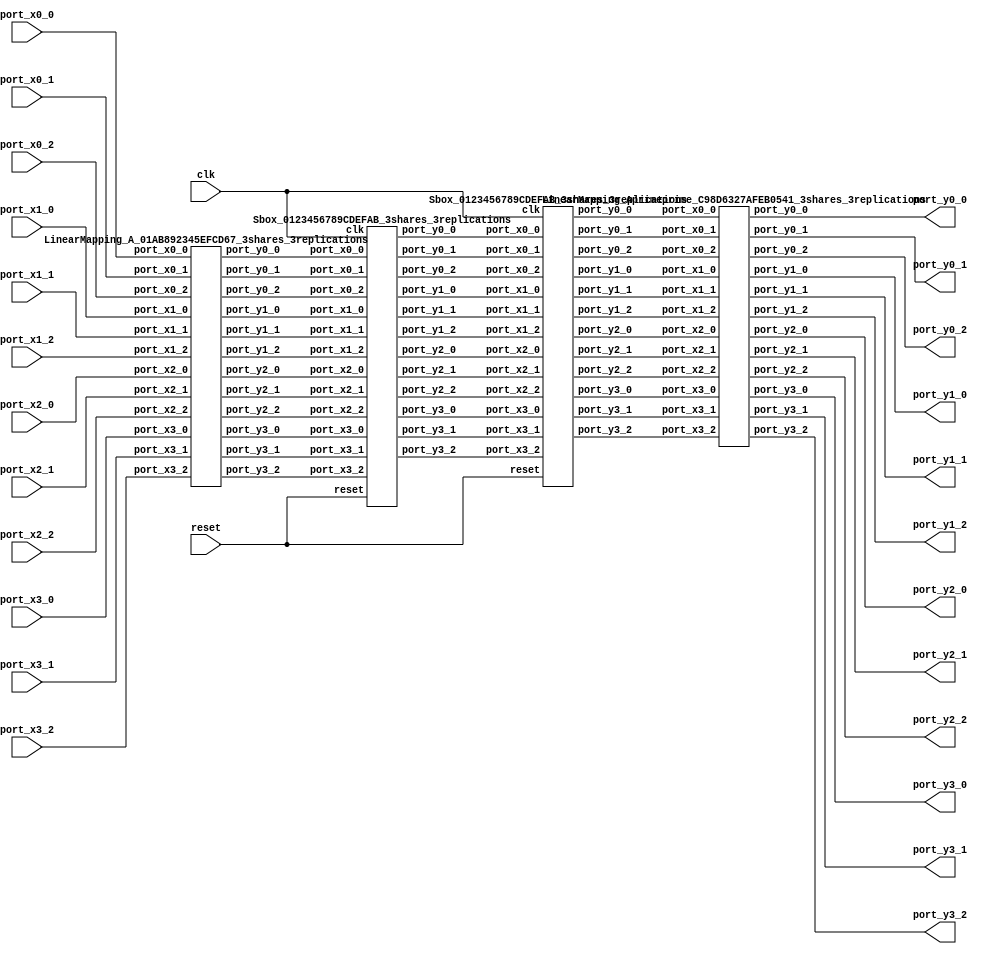
// Generator : SpinalHDL v1.7.3    git head : aeaeece704fe43c766e0d36a93f2ecbb8a9f2003
// Component : Sbox_Present_3shares_3replications
// Git hash  : db593c14fe8e83f0a4a5d43cf13325e631d65148

`timescale 1ns/1ps

module Sbox_Present_3shares_3replications (
  input      [2:0]    port_x0_0,
  input      [2:0]    port_x0_1,
  input      [2:0]    port_x0_2,
  input      [2:0]    port_x1_0,
  input      [2:0]    port_x1_1,
  input      [2:0]    port_x1_2,
  input      [2:0]    port_x2_0,
  input      [2:0]    port_x2_1,
  input      [2:0]    port_x2_2,
  input      [2:0]    port_x3_0,
  input      [2:0]    port_x3_1,
  input      [2:0]    port_x3_2,
  output     [2:0]    port_y0_0,
  output     [2:0]    port_y0_1,
  output     [2:0]    port_y0_2,
  output     [2:0]    port_y1_0,
  output     [2:0]    port_y1_1,
  output     [2:0]    port_y1_2,
  output     [2:0]    port_y2_0,
  output     [2:0]    port_y2_1,
  output     [2:0]    port_y2_2,
  output     [2:0]    port_y3_0,
  output     [2:0]    port_y3_1,
  output     [2:0]    port_y3_2,
  input               clk,
  input               reset
);

  wire       [2:0]    A_port_y0_0;
  wire       [2:0]    A_port_y0_1;
  wire       [2:0]    A_port_y0_2;
  wire       [2:0]    A_port_y1_0;
  wire       [2:0]    A_port_y1_1;
  wire       [2:0]    A_port_y1_2;
  wire       [2:0]    A_port_y2_0;
  wire       [2:0]    A_port_y2_1;
  wire       [2:0]    A_port_y2_2;
  wire       [2:0]    A_port_y3_0;
  wire       [2:0]    A_port_y3_1;
  wire       [2:0]    A_port_y3_2;
  wire       [2:0]    Q12_0_port_y0_0;
  wire       [2:0]    Q12_0_port_y0_1;
  wire       [2:0]    Q12_0_port_y0_2;
  wire       [2:0]    Q12_0_port_y1_0;
  wire       [2:0]    Q12_0_port_y1_1;
  wire       [2:0]    Q12_0_port_y1_2;
  wire       [2:0]    Q12_0_port_y2_0;
  wire       [2:0]    Q12_0_port_y2_1;
  wire       [2:0]    Q12_0_port_y2_2;
  wire       [2:0]    Q12_0_port_y3_0;
  wire       [2:0]    Q12_0_port_y3_1;
  wire       [2:0]    Q12_0_port_y3_2;
  wire       [2:0]    A_prime_port_y0_0;
  wire       [2:0]    A_prime_port_y0_1;
  wire       [2:0]    A_prime_port_y0_2;
  wire       [2:0]    A_prime_port_y1_0;
  wire       [2:0]    A_prime_port_y1_1;
  wire       [2:0]    A_prime_port_y1_2;
  wire       [2:0]    A_prime_port_y2_0;
  wire       [2:0]    A_prime_port_y2_1;
  wire       [2:0]    A_prime_port_y2_2;
  wire       [2:0]    A_prime_port_y3_0;
  wire       [2:0]    A_prime_port_y3_1;
  wire       [2:0]    A_prime_port_y3_2;
  wire       [2:0]    Q12_1_port_y0_0;
  wire       [2:0]    Q12_1_port_y0_1;
  wire       [2:0]    Q12_1_port_y0_2;
  wire       [2:0]    Q12_1_port_y1_0;
  wire       [2:0]    Q12_1_port_y1_1;
  wire       [2:0]    Q12_1_port_y1_2;
  wire       [2:0]    Q12_1_port_y2_0;
  wire       [2:0]    Q12_1_port_y2_1;
  wire       [2:0]    Q12_1_port_y2_2;
  wire       [2:0]    Q12_1_port_y3_0;
  wire       [2:0]    Q12_1_port_y3_1;
  wire       [2:0]    Q12_1_port_y3_2;
  wire       [2:0]    A_out_port_y0_0;
  wire       [2:0]    A_out_port_y0_1;
  wire       [2:0]    A_out_port_y0_2;
  wire       [2:0]    A_out_port_y1_0;
  wire       [2:0]    A_out_port_y1_1;
  wire       [2:0]    A_out_port_y1_2;
  wire       [2:0]    A_out_port_y2_0;
  wire       [2:0]    A_out_port_y2_1;
  wire       [2:0]    A_out_port_y2_2;
  wire       [2:0]    A_out_port_y3_0;
  wire       [2:0]    A_out_port_y3_1;
  wire       [2:0]    A_out_port_y3_2;

  LinearMapping_A_01AB892345EFCD67_3shares_3replications A (
    .port_x0_0 (port_x0_0[2:0]  ), //i
    .port_x0_1 (port_x0_1[2:0]  ), //i
    .port_x0_2 (port_x0_2[2:0]  ), //i
    .port_x1_0 (port_x1_0[2:0]  ), //i
    .port_x1_1 (port_x1_1[2:0]  ), //i
    .port_x1_2 (port_x1_2[2:0]  ), //i
    .port_x2_0 (port_x2_0[2:0]  ), //i
    .port_x2_1 (port_x2_1[2:0]  ), //i
    .port_x2_2 (port_x2_2[2:0]  ), //i
    .port_x3_0 (port_x3_0[2:0]  ), //i
    .port_x3_1 (port_x3_1[2:0]  ), //i
    .port_x3_2 (port_x3_2[2:0]  ), //i
    .port_y0_0 (A_port_y0_0[2:0]), //o
    .port_y0_1 (A_port_y0_1[2:0]), //o
    .port_y0_2 (A_port_y0_2[2:0]), //o
    .port_y1_0 (A_port_y1_0[2:0]), //o
    .port_y1_1 (A_port_y1_1[2:0]), //o
    .port_y1_2 (A_port_y1_2[2:0]), //o
    .port_y2_0 (A_port_y2_0[2:0]), //o
    .port_y2_1 (A_port_y2_1[2:0]), //o
    .port_y2_2 (A_port_y2_2[2:0]), //o
    .port_y3_0 (A_port_y3_0[2:0]), //o
    .port_y3_1 (A_port_y3_1[2:0]), //o
    .port_y3_2 (A_port_y3_2[2:0])  //o
  );
  Sbox_0123456789CDEFAB_3shares_3replications Q12_0 (
    .port_x0_0 (A_port_y0_0[2:0]    ), //i
    .port_x0_1 (A_port_y0_1[2:0]    ), //i
    .port_x0_2 (A_port_y0_2[2:0]    ), //i
    .port_x1_0 (A_port_y1_0[2:0]    ), //i
    .port_x1_1 (A_port_y1_1[2:0]    ), //i
    .port_x1_2 (A_port_y1_2[2:0]    ), //i
    .port_x2_0 (A_port_y2_0[2:0]    ), //i
    .port_x2_1 (A_port_y2_1[2:0]    ), //i
    .port_x2_2 (A_port_y2_2[2:0]    ), //i
    .port_x3_0 (A_port_y3_0[2:0]    ), //i
    .port_x3_1 (A_port_y3_1[2:0]    ), //i
    .port_x3_2 (A_port_y3_2[2:0]    ), //i
    .port_y0_0 (Q12_0_port_y0_0[2:0]), //o
    .port_y0_1 (Q12_0_port_y0_1[2:0]), //o
    .port_y0_2 (Q12_0_port_y0_2[2:0]), //o
    .port_y1_0 (Q12_0_port_y1_0[2:0]), //o
    .port_y1_1 (Q12_0_port_y1_1[2:0]), //o
    .port_y1_2 (Q12_0_port_y1_2[2:0]), //o
    .port_y2_0 (Q12_0_port_y2_0[2:0]), //o
    .port_y2_1 (Q12_0_port_y2_1[2:0]), //o
    .port_y2_2 (Q12_0_port_y2_2[2:0]), //o
    .port_y3_0 (Q12_0_port_y3_0[2:0]), //o
    .port_y3_1 (Q12_0_port_y3_1[2:0]), //o
    .port_y3_2 (Q12_0_port_y3_2[2:0]), //o
    .clk       (clk                 ), //i
    .reset     (reset               )  //i
  );
  LinearMapping_Aprime_0B835ED61A924FC7_3shares_3replications A_prime (
    .port_x0_0 (Q12_0_port_y0_0[2:0]  ), //i
    .port_x0_1 (Q12_0_port_y0_1[2:0]  ), //i
    .port_x0_2 (Q12_0_port_y0_2[2:0]  ), //i
    .port_x1_0 (Q12_0_port_y1_0[2:0]  ), //i
    .port_x1_1 (Q12_0_port_y1_1[2:0]  ), //i
    .port_x1_2 (Q12_0_port_y1_2[2:0]  ), //i
    .port_x2_0 (Q12_0_port_y2_0[2:0]  ), //i
    .port_x2_1 (Q12_0_port_y2_1[2:0]  ), //i
    .port_x2_2 (Q12_0_port_y2_2[2:0]  ), //i
    .port_x3_0 (Q12_0_port_y3_0[2:0]  ), //i
    .port_x3_1 (Q12_0_port_y3_1[2:0]  ), //i
    .port_x3_2 (Q12_0_port_y3_2[2:0]  ), //i
    .port_y0_0 (A_prime_port_y0_0[2:0]), //o
    .port_y0_1 (A_prime_port_y0_1[2:0]), //o
    .port_y0_2 (A_prime_port_y0_2[2:0]), //o
    .port_y1_0 (A_prime_port_y1_0[2:0]), //o
    .port_y1_1 (A_prime_port_y1_1[2:0]), //o
    .port_y1_2 (A_prime_port_y1_2[2:0]), //o
    .port_y2_0 (A_prime_port_y2_0[2:0]), //o
    .port_y2_1 (A_prime_port_y2_1[2:0]), //o
    .port_y2_2 (A_prime_port_y2_2[2:0]), //o
    .port_y3_0 (A_prime_port_y3_0[2:0]), //o
    .port_y3_1 (A_prime_port_y3_1[2:0]), //o
    .port_y3_2 (A_prime_port_y3_2[2:0])  //o
  );
  Sbox_0123456789CDEFAB_3shares_3replications Q12_1 (
    .port_x0_0 (Q12_0_port_y0_0[2:0]), //i
    .port_x0_1 (Q12_0_port_y0_1[2:0]), //i
    .port_x0_2 (Q12_0_port_y0_2[2:0]), //i
    .port_x1_0 (Q12_0_port_y1_0[2:0]), //i
    .port_x1_1 (Q12_0_port_y1_1[2:0]), //i
    .port_x1_2 (Q12_0_port_y1_2[2:0]), //i
    .port_x2_0 (Q12_0_port_y2_0[2:0]), //i
    .port_x2_1 (Q12_0_port_y2_1[2:0]), //i
    .port_x2_2 (Q12_0_port_y2_2[2:0]), //i
    .port_x3_0 (Q12_0_port_y3_0[2:0]), //i
    .port_x3_1 (Q12_0_port_y3_1[2:0]), //i
    .port_x3_2 (Q12_0_port_y3_2[2:0]), //i
    .port_y0_0 (Q12_1_port_y0_0[2:0]), //o
    .port_y0_1 (Q12_1_port_y0_1[2:0]), //o
    .port_y0_2 (Q12_1_port_y0_2[2:0]), //o
    .port_y1_0 (Q12_1_port_y1_0[2:0]), //o
    .port_y1_1 (Q12_1_port_y1_1[2:0]), //o
    .port_y1_2 (Q12_1_port_y1_2[2:0]), //o
    .port_y2_0 (Q12_1_port_y2_0[2:0]), //o
    .port_y2_1 (Q12_1_port_y2_1[2:0]), //o
    .port_y2_2 (Q12_1_port_y2_2[2:0]), //o
    .port_y3_0 (Q12_1_port_y3_0[2:0]), //o
    .port_y3_1 (Q12_1_port_y3_1[2:0]), //o
    .port_y3_2 (Q12_1_port_y3_2[2:0]), //o
    .clk       (clk                 ), //i
    .reset     (reset               )  //i
  );
  LinearMapping_Aprimeprime_C98D6327AFEB0541_3shares_3replications A_out (
    .port_x0_0 (Q12_1_port_y0_0[2:0]), //i
    .port_x0_1 (Q12_1_port_y0_1[2:0]), //i
    .port_x0_2 (Q12_1_port_y0_2[2:0]), //i
    .port_x1_0 (Q12_1_port_y1_0[2:0]), //i
    .port_x1_1 (Q12_1_port_y1_1[2:0]), //i
    .port_x1_2 (Q12_1_port_y1_2[2:0]), //i
    .port_x2_0 (Q12_1_port_y2_0[2:0]), //i
    .port_x2_1 (Q12_1_port_y2_1[2:0]), //i
    .port_x2_2 (Q12_1_port_y2_2[2:0]), //i
    .port_x3_0 (Q12_1_port_y3_0[2:0]), //i
    .port_x3_1 (Q12_1_port_y3_1[2:0]), //i
    .port_x3_2 (Q12_1_port_y3_2[2:0]), //i
    .port_y0_0 (A_out_port_y0_0[2:0]), //o
    .port_y0_1 (A_out_port_y0_1[2:0]), //o
    .port_y0_2 (A_out_port_y0_2[2:0]), //o
    .port_y1_0 (A_out_port_y1_0[2:0]), //o
    .port_y1_1 (A_out_port_y1_1[2:0]), //o
    .port_y1_2 (A_out_port_y1_2[2:0]), //o
    .port_y2_0 (A_out_port_y2_0[2:0]), //o
    .port_y2_1 (A_out_port_y2_1[2:0]), //o
    .port_y2_2 (A_out_port_y2_2[2:0]), //o
    .port_y3_0 (A_out_port_y3_0[2:0]), //o
    .port_y3_1 (A_out_port_y3_1[2:0]), //o
    .port_y3_2 (A_out_port_y3_2[2:0])  //o
  );
  assign port_y0_0 = A_out_port_y0_0;
  assign port_y0_1 = A_out_port_y0_1;
  assign port_y0_2 = A_out_port_y0_2;
  assign port_y1_0 = A_out_port_y1_0;
  assign port_y1_1 = A_out_port_y1_1;
  assign port_y1_2 = A_out_port_y1_2;
  assign port_y2_0 = A_out_port_y2_0;
  assign port_y2_1 = A_out_port_y2_1;
  assign port_y2_2 = A_out_port_y2_2;
  assign port_y3_0 = A_out_port_y3_0;
  assign port_y3_1 = A_out_port_y3_1;
  assign port_y3_2 = A_out_port_y3_2;

endmodule

module LinearMapping_Aprimeprime_C98D6327AFEB0541_3shares_3replications (
  input      [2:0]    port_x0_0,
  input      [2:0]    port_x0_1,
  input      [2:0]    port_x0_2,
  input      [2:0]    port_x1_0,
  input      [2:0]    port_x1_1,
  input      [2:0]    port_x1_2,
  input      [2:0]    port_x2_0,
  input      [2:0]    port_x2_1,
  input      [2:0]    port_x2_2,
  input      [2:0]    port_x3_0,
  input      [2:0]    port_x3_1,
  input      [2:0]    port_x3_2,
  output     [2:0]    port_y0_0,
  output     [2:0]    port_y0_1,
  output     [2:0]    port_y0_2,
  output     [2:0]    port_y1_0,
  output     [2:0]    port_y1_1,
  output     [2:0]    port_y1_2,
  output     [2:0]    port_y2_0,
  output     [2:0]    port_y2_1,
  output     [2:0]    port_y2_2,
  output     [2:0]    port_y3_0,
  output     [2:0]    port_y3_1,
  output     [2:0]    port_y3_2
);

  wire       [2:0]    y0_0;
  wire       [2:0]    y0_1;
  wire       [2:0]    y0_2;
  wire       [2:0]    y1_0;
  wire       [2:0]    y1_1;
  wire       [2:0]    y1_2;
  wire       [2:0]    y2_0;
  wire       [2:0]    y2_1;
  wire       [2:0]    y2_2;
  wire       [2:0]    y3_0;
  wire       [2:0]    y3_1;
  wire       [2:0]    y3_2;

  assign y0_0 = port_x0_1;
  assign y0_1 = port_x0_2;
  assign y0_2 = port_x0_0;
  assign port_y0_0 = y0_0;
  assign port_y0_1 = y0_1;
  assign port_y0_2 = y0_2;
  assign y1_0 = (port_x2_1 ^ port_x3_1);
  assign y1_1 = (port_x2_2 ^ port_x3_2);
  assign y1_2 = (port_x2_0 ^ port_x3_0);
  assign port_y1_0 = y1_0;
  assign port_y1_1 = y1_1;
  assign port_y1_2 = y1_2;
  assign y2_0 = ((port_x0_1 ^ port_x1_1) ^ port_x3_1);
  assign y2_1 = ((port_x0_2 ^ port_x1_2) ^ port_x3_2);
  assign y2_2 = ((port_x0_0 ^ port_x1_0) ^ port_x3_0);
  assign port_y2_0 = y2_0;
  assign port_y2_1 = y2_1;
  assign port_y2_2 = y2_2;
  assign y3_0 = port_x2_1;
  assign y3_1 = port_x2_2;
  assign y3_2 = port_x2_0;
  assign port_y3_0 = y3_0;
  assign port_y3_1 = y3_1;
  assign port_y3_2 = y3_2;

endmodule

//Sbox_0123456789CDEFAB_3shares_3replications replaced by Sbox_0123456789CDEFAB_3shares_3replications

module LinearMapping_Aprime_0B835ED61A924FC7_3shares_3replications (
  input      [2:0]    port_x0_0,
  input      [2:0]    port_x0_1,
  input      [2:0]    port_x0_2,
  input      [2:0]    port_x1_0,
  input      [2:0]    port_x1_1,
  input      [2:0]    port_x1_2,
  input      [2:0]    port_x2_0,
  input      [2:0]    port_x2_1,
  input      [2:0]    port_x2_2,
  input      [2:0]    port_x3_0,
  input      [2:0]    port_x3_1,
  input      [2:0]    port_x3_2,
  output     [2:0]    port_y0_0,
  output     [2:0]    port_y0_1,
  output     [2:0]    port_y0_2,
  output     [2:0]    port_y1_0,
  output     [2:0]    port_y1_1,
  output     [2:0]    port_y1_2,
  output     [2:0]    port_y2_0,
  output     [2:0]    port_y2_1,
  output     [2:0]    port_y2_2,
  output     [2:0]    port_y3_0,
  output     [2:0]    port_y3_1,
  output     [2:0]    port_y3_2
);

  wire       [2:0]    y0_0;
  wire       [2:0]    y0_1;
  wire       [2:0]    y0_2;
  wire       [2:0]    y1_0;
  wire       [2:0]    y1_1;
  wire       [2:0]    y1_2;
  wire       [2:0]    y2_0;
  wire       [2:0]    y2_1;
  wire       [2:0]    y2_2;
  wire       [2:0]    y3_0;
  wire       [2:0]    y3_1;
  wire       [2:0]    y3_2;

  assign y0_0 = ((port_x0_1 ^ port_x2_1) ^ port_x3_1);
  assign y0_1 = ((port_x0_2 ^ port_x2_2) ^ port_x3_2);
  assign y0_2 = ((port_x0_0 ^ port_x2_0) ^ port_x3_0);
  assign port_y0_0 = y0_0;
  assign port_y0_1 = y0_1;
  assign port_y0_2 = y0_2;
  assign y1_0 = port_x0_1;
  assign y1_1 = port_x0_2;
  assign y1_2 = port_x0_0;
  assign port_y1_0 = y1_0;
  assign port_y1_1 = y1_1;
  assign port_y1_2 = y1_2;
  assign y2_0 = port_x2_1;
  assign y2_1 = port_x2_2;
  assign y2_2 = port_x2_0;
  assign port_y2_0 = y2_0;
  assign port_y2_1 = y2_1;
  assign port_y2_2 = y2_2;
  assign y3_0 = (port_x0_1 ^ port_x1_1);
  assign y3_1 = (port_x0_2 ^ port_x1_2);
  assign y3_2 = (port_x0_0 ^ port_x1_0);
  assign port_y3_0 = y3_0;
  assign port_y3_1 = y3_1;
  assign port_y3_2 = y3_2;

endmodule

module Sbox_0123456789CDEFAB_3shares_3replications (
  input      [2:0]    port_x0_0,
  input      [2:0]    port_x0_1,
  input      [2:0]    port_x0_2,
  input      [2:0]    port_x1_0,
  input      [2:0]    port_x1_1,
  input      [2:0]    port_x1_2,
  input      [2:0]    port_x2_0,
  input      [2:0]    port_x2_1,
  input      [2:0]    port_x2_2,
  input      [2:0]    port_x3_0,
  input      [2:0]    port_x3_1,
  input      [2:0]    port_x3_2,
  output     [2:0]    port_y0_0,
  output     [2:0]    port_y0_1,
  output     [2:0]    port_y0_2,
  output     [2:0]    port_y1_0,
  output     [2:0]    port_y1_1,
  output     [2:0]    port_y1_2,
  output     [2:0]    port_y2_0,
  output     [2:0]    port_y2_1,
  output     [2:0]    port_y2_2,
  output     [2:0]    port_y3_0,
  output     [2:0]    port_y3_1,
  output     [2:0]    port_y3_2,
  input               clk,
  input               reset
);

  wire                maj_36_port_o;
  wire                maj_37_port_o;
  wire                maj_38_port_o;
  wire                maj_39_port_o;
  wire                maj_40_port_o;
  wire                maj_41_port_o;
  wire                maj_42_port_o;
  wire                maj_43_port_o;
  wire                maj_44_port_o;
  wire                maj_45_port_o;
  wire                maj_46_port_o;
  wire                maj_47_port_o;
  wire                maj_48_port_o;
  wire                maj_49_port_o;
  wire                maj_50_port_o;
  wire                maj_51_port_o;
  wire                maj_52_port_o;
  wire                maj_53_port_o;
  wire                t0_0_0;
  wire                t0_0_1;
  wire                t0_0_2;
  wire                t0_1_0;
  wire                t0_1_1;
  wire                t0_1_2;
  wire                t0_2_0;
  wire                t0_2_1;
  wire                t0_2_2;
  reg        [2:0]    reg_y0_0;
  reg        [2:0]    reg_y0_1;
  reg        [2:0]    reg_y0_2;
  wire                t1_0_0;
  wire                t1_0_1;
  wire                t1_0_2;
  wire                t1_1_0;
  wire                t1_1_1;
  wire                t1_1_2;
  wire                t1_2_0;
  wire                t1_2_1;
  wire                t1_2_2;
  reg        [2:0]    reg_y1_0;
  reg        [2:0]    reg_y1_1;
  reg        [2:0]    reg_y1_2;
  wire                t2_0_0;
  wire                t2_0_1;
  wire                t2_0_2;
  wire                t2_1_0;
  wire                t2_1_1;
  wire                t2_1_2;
  wire                t2_2_0;
  wire                t2_2_1;
  wire                t2_2_2;
  reg        [2:0]    reg_y2_0;
  reg        [2:0]    reg_y2_1;
  reg        [2:0]    reg_y2_2;
  wire                t3_0_0;
  wire                t3_0_1;
  wire                t3_0_2;
  wire                t3_1_0;
  wire                t3_1_1;
  wire                t3_1_2;
  wire                t3_2_0;
  wire                t3_2_1;
  wire                t3_2_2;
  reg        [2:0]    reg_y3_0;
  reg        [2:0]    reg_y3_1;
  reg        [2:0]    reg_y3_2;

  Maj maj_36 (
    .port_i_0 (t1_0_0       ), //i
    .port_i_1 (t1_0_1       ), //i
    .port_i_2 (t1_0_2       ), //i
    .port_o   (maj_36_port_o)  //o
  );
  Maj maj_37 (
    .port_i_0 (t1_1_0       ), //i
    .port_i_1 (t1_1_1       ), //i
    .port_i_2 (t1_1_2       ), //i
    .port_o   (maj_37_port_o)  //o
  );
  Maj maj_38 (
    .port_i_0 (t1_2_0       ), //i
    .port_i_1 (t1_2_1       ), //i
    .port_i_2 (t1_2_2       ), //i
    .port_o   (maj_38_port_o)  //o
  );
  Maj maj_39 (
    .port_i_0 (t1_0_0       ), //i
    .port_i_1 (t1_0_1       ), //i
    .port_i_2 (t1_0_2       ), //i
    .port_o   (maj_39_port_o)  //o
  );
  Maj maj_40 (
    .port_i_0 (t1_1_0       ), //i
    .port_i_1 (t1_1_1       ), //i
    .port_i_2 (t1_1_2       ), //i
    .port_o   (maj_40_port_o)  //o
  );
  Maj maj_41 (
    .port_i_0 (t1_2_0       ), //i
    .port_i_1 (t1_2_1       ), //i
    .port_i_2 (t1_2_2       ), //i
    .port_o   (maj_41_port_o)  //o
  );
  Maj maj_42 (
    .port_i_0 (t1_0_0       ), //i
    .port_i_1 (t1_0_1       ), //i
    .port_i_2 (t1_0_2       ), //i
    .port_o   (maj_42_port_o)  //o
  );
  Maj maj_43 (
    .port_i_0 (t1_1_0       ), //i
    .port_i_1 (t1_1_1       ), //i
    .port_i_2 (t1_1_2       ), //i
    .port_o   (maj_43_port_o)  //o
  );
  Maj maj_44 (
    .port_i_0 (t1_2_0       ), //i
    .port_i_1 (t1_2_1       ), //i
    .port_i_2 (t1_2_2       ), //i
    .port_o   (maj_44_port_o)  //o
  );
  Maj maj_45 (
    .port_i_0 (t2_0_0       ), //i
    .port_i_1 (t2_0_1       ), //i
    .port_i_2 (t2_0_2       ), //i
    .port_o   (maj_45_port_o)  //o
  );
  Maj maj_46 (
    .port_i_0 (t2_1_0       ), //i
    .port_i_1 (t2_1_1       ), //i
    .port_i_2 (t2_1_2       ), //i
    .port_o   (maj_46_port_o)  //o
  );
  Maj maj_47 (
    .port_i_0 (t2_2_0       ), //i
    .port_i_1 (t2_2_1       ), //i
    .port_i_2 (t2_2_2       ), //i
    .port_o   (maj_47_port_o)  //o
  );
  Maj maj_48 (
    .port_i_0 (t2_0_0       ), //i
    .port_i_1 (t2_0_1       ), //i
    .port_i_2 (t2_0_2       ), //i
    .port_o   (maj_48_port_o)  //o
  );
  Maj maj_49 (
    .port_i_0 (t2_1_0       ), //i
    .port_i_1 (t2_1_1       ), //i
    .port_i_2 (t2_1_2       ), //i
    .port_o   (maj_49_port_o)  //o
  );
  Maj maj_50 (
    .port_i_0 (t2_2_0       ), //i
    .port_i_1 (t2_2_1       ), //i
    .port_i_2 (t2_2_2       ), //i
    .port_o   (maj_50_port_o)  //o
  );
  Maj maj_51 (
    .port_i_0 (t2_0_0       ), //i
    .port_i_1 (t2_0_1       ), //i
    .port_i_2 (t2_0_2       ), //i
    .port_o   (maj_51_port_o)  //o
  );
  Maj maj_52 (
    .port_i_0 (t2_1_0       ), //i
    .port_i_1 (t2_1_1       ), //i
    .port_i_2 (t2_1_2       ), //i
    .port_o   (maj_52_port_o)  //o
  );
  Maj maj_53 (
    .port_i_0 (t2_2_0       ), //i
    .port_i_1 (t2_2_1       ), //i
    .port_i_2 (t2_2_2       ), //i
    .port_o   (maj_53_port_o)  //o
  );
  assign t0_0_0 = port_x0_1[0];
  assign t0_1_0 = port_x0_2[0];
  assign t0_2_0 = port_x0_0[0];
  assign t0_0_1 = port_x0_1[1];
  assign t0_1_1 = port_x0_2[1];
  assign t0_2_1 = port_x0_0[1];
  assign t0_0_2 = port_x0_1[2];
  assign t0_1_2 = port_x0_2[2];
  assign t0_2_2 = port_x0_0[2];
  assign port_y0_0 = reg_y0_0;
  assign port_y0_1 = reg_y0_1;
  assign port_y0_2 = reg_y0_2;
  assign t1_0_0 = ((((((port_x1_1[0] ^ (port_x1_1[0] && port_x3_1[0])) ^ (port_x1_1[0] && port_x3_2[0])) ^ (port_x1_2[0] && port_x3_1[0])) ^ (port_x2_1[0] && port_x3_1[0])) ^ (port_x2_1[0] && port_x3_2[0])) ^ (port_x2_2[0] && port_x3_1[0]));
  assign t1_1_0 = ((((((port_x1_2[0] ^ (port_x1_0[0] && port_x3_2[0])) ^ (port_x1_2[0] && port_x3_0[0])) ^ (port_x1_2[0] && port_x3_2[0])) ^ (port_x2_0[0] && port_x3_2[0])) ^ (port_x2_2[0] && port_x3_0[0])) ^ (port_x2_2[0] && port_x3_2[0]));
  assign t1_2_0 = ((((((port_x1_0[0] ^ (port_x1_0[0] && port_x3_0[0])) ^ (port_x1_0[0] && port_x3_1[0])) ^ (port_x1_1[0] && port_x3_0[0])) ^ (port_x2_0[0] && port_x3_0[0])) ^ (port_x2_0[0] && port_x3_1[0])) ^ (port_x2_1[0] && port_x3_0[0]));
  assign t1_0_1 = ((((((port_x1_1[1] ^ (port_x1_1[1] && port_x3_1[1])) ^ (port_x1_1[1] && port_x3_2[1])) ^ (port_x1_2[1] && port_x3_1[1])) ^ (port_x2_1[1] && port_x3_1[1])) ^ (port_x2_1[1] && port_x3_2[1])) ^ (port_x2_2[1] && port_x3_1[1]));
  assign t1_1_1 = ((((((port_x1_2[1] ^ (port_x1_0[1] && port_x3_2[1])) ^ (port_x1_2[1] && port_x3_0[1])) ^ (port_x1_2[1] && port_x3_2[1])) ^ (port_x2_0[1] && port_x3_2[1])) ^ (port_x2_2[1] && port_x3_0[1])) ^ (port_x2_2[1] && port_x3_2[1]));
  assign t1_2_1 = ((((((port_x1_0[1] ^ (port_x1_0[1] && port_x3_0[1])) ^ (port_x1_0[1] && port_x3_1[1])) ^ (port_x1_1[1] && port_x3_0[1])) ^ (port_x2_0[1] && port_x3_0[1])) ^ (port_x2_0[1] && port_x3_1[1])) ^ (port_x2_1[1] && port_x3_0[1]));
  assign t1_0_2 = ((((((port_x1_1[2] ^ (port_x1_1[2] && port_x3_1[2])) ^ (port_x1_1[2] && port_x3_2[2])) ^ (port_x1_2[2] && port_x3_1[2])) ^ (port_x2_1[2] && port_x3_1[2])) ^ (port_x2_1[2] && port_x3_2[2])) ^ (port_x2_2[2] && port_x3_1[2]));
  assign t1_1_2 = ((((((port_x1_2[2] ^ (port_x1_0[2] && port_x3_2[2])) ^ (port_x1_2[2] && port_x3_0[2])) ^ (port_x1_2[2] && port_x3_2[2])) ^ (port_x2_0[2] && port_x3_2[2])) ^ (port_x2_2[2] && port_x3_0[2])) ^ (port_x2_2[2] && port_x3_2[2]));
  assign t1_2_2 = ((((((port_x1_0[2] ^ (port_x1_0[2] && port_x3_0[2])) ^ (port_x1_0[2] && port_x3_1[2])) ^ (port_x1_1[2] && port_x3_0[2])) ^ (port_x2_0[2] && port_x3_0[2])) ^ (port_x2_0[2] && port_x3_1[2])) ^ (port_x2_1[2] && port_x3_0[2]));
  assign port_y1_0 = reg_y1_0;
  assign port_y1_1 = reg_y1_1;
  assign port_y1_2 = reg_y1_2;
  assign t2_0_0 = (((port_x2_1[0] ^ (port_x1_1[0] && port_x3_1[0])) ^ (port_x1_1[0] && port_x3_2[0])) ^ (port_x1_2[0] && port_x3_1[0]));
  assign t2_1_0 = (((port_x2_2[0] ^ (port_x1_0[0] && port_x3_2[0])) ^ (port_x1_2[0] && port_x3_0[0])) ^ (port_x1_2[0] && port_x3_2[0]));
  assign t2_2_0 = (((port_x2_0[0] ^ (port_x1_0[0] && port_x3_0[0])) ^ (port_x1_0[0] && port_x3_1[0])) ^ (port_x1_1[0] && port_x3_0[0]));
  assign t2_0_1 = (((port_x2_1[1] ^ (port_x1_1[1] && port_x3_1[1])) ^ (port_x1_1[1] && port_x3_2[1])) ^ (port_x1_2[1] && port_x3_1[1]));
  assign t2_1_1 = (((port_x2_2[1] ^ (port_x1_0[1] && port_x3_2[1])) ^ (port_x1_2[1] && port_x3_0[1])) ^ (port_x1_2[1] && port_x3_2[1]));
  assign t2_2_1 = (((port_x2_0[1] ^ (port_x1_0[1] && port_x3_0[1])) ^ (port_x1_0[1] && port_x3_1[1])) ^ (port_x1_1[1] && port_x3_0[1]));
  assign t2_0_2 = (((port_x2_1[2] ^ (port_x1_1[2] && port_x3_1[2])) ^ (port_x1_1[2] && port_x3_2[2])) ^ (port_x1_2[2] && port_x3_1[2]));
  assign t2_1_2 = (((port_x2_2[2] ^ (port_x1_0[2] && port_x3_2[2])) ^ (port_x1_2[2] && port_x3_0[2])) ^ (port_x1_2[2] && port_x3_2[2]));
  assign t2_2_2 = (((port_x2_0[2] ^ (port_x1_0[2] && port_x3_0[2])) ^ (port_x1_0[2] && port_x3_1[2])) ^ (port_x1_1[2] && port_x3_0[2]));
  assign port_y2_0 = reg_y2_0;
  assign port_y2_1 = reg_y2_1;
  assign port_y2_2 = reg_y2_2;
  assign t3_0_0 = port_x3_1[0];
  assign t3_1_0 = port_x3_2[0];
  assign t3_2_0 = port_x3_0[0];
  assign t3_0_1 = port_x3_1[1];
  assign t3_1_1 = port_x3_2[1];
  assign t3_2_1 = port_x3_0[1];
  assign t3_0_2 = port_x3_1[2];
  assign t3_1_2 = port_x3_2[2];
  assign t3_2_2 = port_x3_0[2];
  assign port_y3_0 = reg_y3_0;
  assign port_y3_1 = reg_y3_1;
  assign port_y3_2 = reg_y3_2;
  always @(posedge clk) begin
    reg_y0_0[0] <= t0_0_0;
    reg_y0_1[0] <= t0_1_0;
    reg_y0_2[0] <= t0_2_0;
    reg_y0_0[1] <= t0_0_1;
    reg_y0_1[1] <= t0_1_1;
    reg_y0_2[1] <= t0_2_1;
    reg_y0_0[2] <= t0_0_2;
    reg_y0_1[2] <= t0_1_2;
    reg_y0_2[2] <= t0_2_2;
    reg_y1_0[0] <= maj_36_port_o;
    reg_y1_1[0] <= maj_37_port_o;
    reg_y1_2[0] <= maj_38_port_o;
    reg_y1_0[1] <= maj_39_port_o;
    reg_y1_1[1] <= maj_40_port_o;
    reg_y1_2[1] <= maj_41_port_o;
    reg_y1_0[2] <= maj_42_port_o;
    reg_y1_1[2] <= maj_43_port_o;
    reg_y1_2[2] <= maj_44_port_o;
    reg_y2_0[0] <= maj_45_port_o;
    reg_y2_1[0] <= maj_46_port_o;
    reg_y2_2[0] <= maj_47_port_o;
    reg_y2_0[1] <= maj_48_port_o;
    reg_y2_1[1] <= maj_49_port_o;
    reg_y2_2[1] <= maj_50_port_o;
    reg_y2_0[2] <= maj_51_port_o;
    reg_y2_1[2] <= maj_52_port_o;
    reg_y2_2[2] <= maj_53_port_o;
    reg_y3_0[0] <= t3_0_0;
    reg_y3_1[0] <= t3_1_0;
    reg_y3_2[0] <= t3_2_0;
    reg_y3_0[1] <= t3_0_1;
    reg_y3_1[1] <= t3_1_1;
    reg_y3_2[1] <= t3_2_1;
    reg_y3_0[2] <= t3_0_2;
    reg_y3_1[2] <= t3_1_2;
    reg_y3_2[2] <= t3_2_2;
  end


endmodule

module LinearMapping_A_01AB892345EFCD67_3shares_3replications (
  input      [2:0]    port_x0_0,
  input      [2:0]    port_x0_1,
  input      [2:0]    port_x0_2,
  input      [2:0]    port_x1_0,
  input      [2:0]    port_x1_1,
  input      [2:0]    port_x1_2,
  input      [2:0]    port_x2_0,
  input      [2:0]    port_x2_1,
  input      [2:0]    port_x2_2,
  input      [2:0]    port_x3_0,
  input      [2:0]    port_x3_1,
  input      [2:0]    port_x3_2,
  output     [2:0]    port_y0_0,
  output     [2:0]    port_y0_1,
  output     [2:0]    port_y0_2,
  output     [2:0]    port_y1_0,
  output     [2:0]    port_y1_1,
  output     [2:0]    port_y1_2,
  output     [2:0]    port_y2_0,
  output     [2:0]    port_y2_1,
  output     [2:0]    port_y2_2,
  output     [2:0]    port_y3_0,
  output     [2:0]    port_y3_1,
  output     [2:0]    port_y3_2
);

  wire       [2:0]    y0_0;
  wire       [2:0]    y0_1;
  wire       [2:0]    y0_2;
  wire       [2:0]    y1_0;
  wire       [2:0]    y1_1;
  wire       [2:0]    y1_2;
  wire       [2:0]    y2_0;
  wire       [2:0]    y2_1;
  wire       [2:0]    y2_2;
  wire       [2:0]    y3_0;
  wire       [2:0]    y3_1;
  wire       [2:0]    y3_2;

  assign y0_0 = port_x0_1;
  assign y0_1 = port_x0_2;
  assign y0_2 = port_x0_0;
  assign port_y0_0 = y0_0;
  assign port_y0_1 = y0_1;
  assign port_y0_2 = y0_2;
  assign y1_0 = port_x1_1;
  assign y1_1 = port_x1_2;
  assign y1_2 = port_x1_0;
  assign port_y1_0 = y1_0;
  assign port_y1_1 = y1_1;
  assign port_y1_2 = y1_2;
  assign y2_0 = port_x3_1;
  assign y2_1 = port_x3_2;
  assign y2_2 = port_x3_0;
  assign port_y2_0 = y2_0;
  assign port_y2_1 = y2_1;
  assign port_y2_2 = y2_2;
  assign y3_0 = (port_x1_1 ^ port_x2_1);
  assign y3_1 = (port_x1_2 ^ port_x2_2);
  assign y3_2 = (port_x1_0 ^ port_x2_0);
  assign port_y3_0 = y3_0;
  assign port_y3_1 = y3_1;
  assign port_y3_2 = y3_2;

endmodule

//Maj replaced by Maj

//Maj replaced by Maj

//Maj replaced by Maj

//Maj replaced by Maj

//Maj replaced by Maj

//Maj replaced by Maj

//Maj replaced by Maj

//Maj replaced by Maj

//Maj replaced by Maj

//Maj replaced by Maj

//Maj replaced by Maj

//Maj replaced by Maj

//Maj replaced by Maj

//Maj replaced by Maj

//Maj replaced by Maj

//Maj replaced by Maj

//Maj replaced by Maj

//Maj replaced by Maj

//Maj replaced by Maj

//Maj replaced by Maj

//Maj replaced by Maj

//Maj replaced by Maj

//Maj replaced by Maj

//Maj replaced by Maj

//Maj replaced by Maj

//Maj replaced by Maj

//Maj replaced by Maj

//Maj replaced by Maj

//Maj replaced by Maj

//Maj replaced by Maj

//Maj replaced by Maj

//Maj replaced by Maj

//Maj replaced by Maj

//Maj replaced by Maj

//Maj replaced by Maj

module Maj (
  input               port_i_0,
  input               port_i_1,
  input               port_i_2,
  output              port_o
);

  wire                t0;
  wire                t1;
  wire                t2;

  assign t0 = (port_i_0 && port_i_2);
  assign t1 = (port_i_0 || port_i_2);
  assign t2 = (t0 || port_i_1);
  assign port_o = (t2 && t1);

endmodule